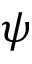
\psi